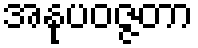
အနုပဝဇ္ဇတာ